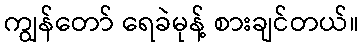
ကျွန်တော် ရေခဲမုန့် စားချင်တယ်။